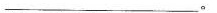
___。